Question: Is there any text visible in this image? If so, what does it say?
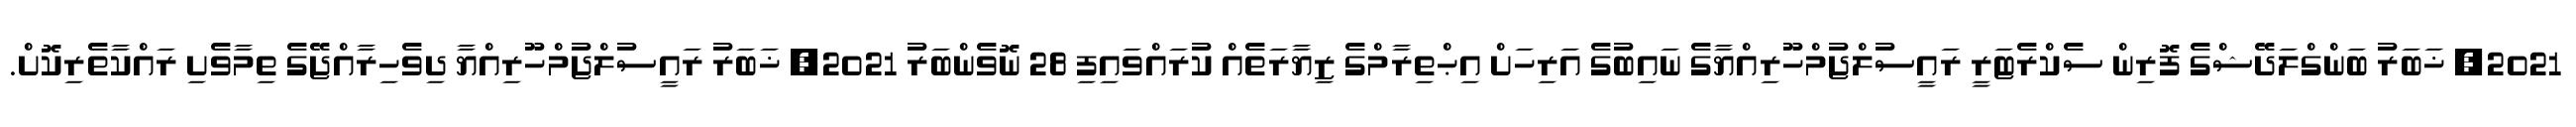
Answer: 2021, ޚަބަރު ބަންގްލަދޭޝްގެ ފޮރިން ސެކްރެޓަރީ ރައީސުލްޖުމްހޫރިއްޔާގެ ނައިބުގެ އަރިހަށް އިޙްތިރާމްގެ ޒިޔާރަތެއް ކުރައްވައިފި 28 ނޮވެންބަރު 2021, ޚަބަރު ރައީސުލްޖުމްހޫރިއްޔާ ދިވެހިރާއްޖޭގެ ތިމާވެށި ރައްކާތެރިކޮށް.